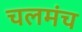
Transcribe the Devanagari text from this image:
चलमंच